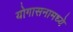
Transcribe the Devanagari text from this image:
योगासनामध्ये